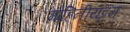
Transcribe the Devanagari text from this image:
मोहिनीयट्टम